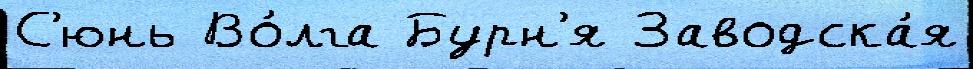
С'юнь Во́лга Бурн'я Заводска́я